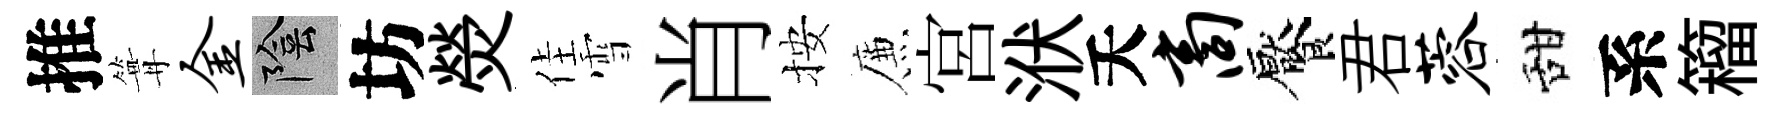
推篝金陰坊熒佳雪肖按簾宮洑夭商饜君蓉甜系籕